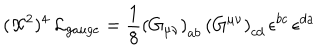
( { \cal X } ^ { 2 } ) ^ { 4 } \, { \cal L } _ { g a u g e } = \frac { 1 } { 8 } \left( G _ { \mu \nu } \right) _ { a b } \, \left( G ^ { \mu \nu } \right) _ { c d } \, \epsilon ^ { b c } \, \epsilon ^ { d a }